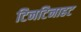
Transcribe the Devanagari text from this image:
टिनटिनाहट